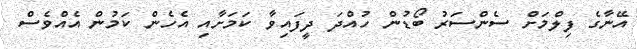
އޭނާގެ ފިލްމަށް ސެންސަރު ބޯޑުން ހުއްދަ ދީފައިވާ ކަމަށާއި އެހެން ކަމުން އެއްވެސް